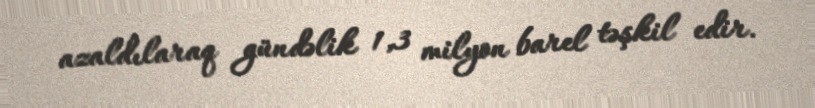
azaldılaraq gündəlik 1,3 milyon barel təşkil edir.